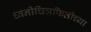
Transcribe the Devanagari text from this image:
ध्वनीचित्रफितीच्या